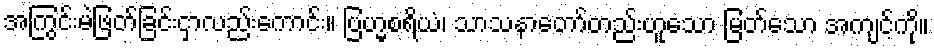
အကြွင်းမဲဖြတ်ခြင်းငှာလည်းကောင်း။ ဗြဟ္မစရိယံ၊ သာသနာတော်တည်းဟူသော မြတ်သော အကျင့်ကို။